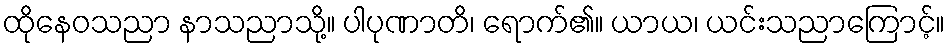
ထိုနေဝသညာ နာသညာသို့။ ပါပုဏာတိ၊ ရောက်၏။ ယာယ၊ ယင်းသညာကြောင့်။